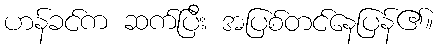
ဟန်ခင်က ဆက်ပြီး အပြစ်တင်နေပြန်၏။